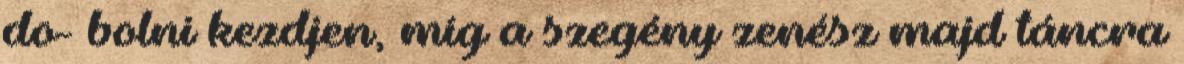
do- bolni kezdjen, míg a szegény zenész majd táncra